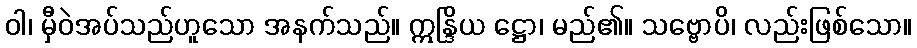
ဝါ၊ မှီဝဲအပ်သည်ဟူသော အနက်သည်။ ဣန္ဒြိယ ဋ္ဌော၊ မည်၏။ သဗ္ဗောပိ၊ လည်းဖြစ်သော။